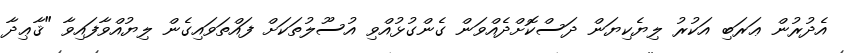
އެދުރުން ޢަރަބި އަކުރު ލިޔެކިޔަން ދަސްކޮށްދެއްވަން ގެންގުޅުއްވި އުސޫލުތަކަށް ފައްތަވައިގެން ލިޔުއްވާފައިވާ "ޤާޢިދާ